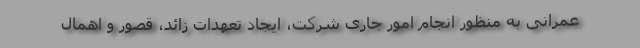
عمرانی به منظور انجام امور جاری شرکت، ایجاد تعهدات زائد، قصور و اهمال